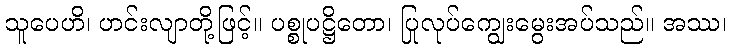
သူပေဟိ၊ ဟင်းလျာတို့ဖြင့်။ ပစ္စုပဋ္ဌိတော၊ ပြုလုပ်ကျွေးမွေးအပ်သည်။ အဿ၊